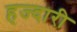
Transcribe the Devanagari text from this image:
हज्दारी